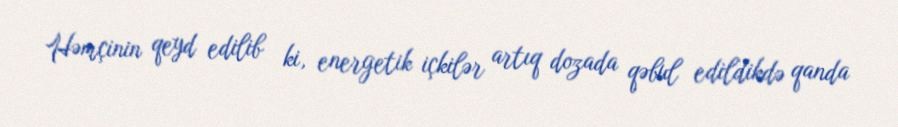
Həmçinin qeyd edilib ki, energetik içkilər artıq dozada qəbul edildikdə qanda